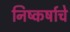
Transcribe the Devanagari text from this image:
निष्कर्षाचे